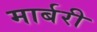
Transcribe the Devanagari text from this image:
मार्बरी